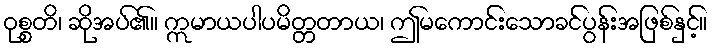
ဝုစ္စတိ၊ ဆိုအပ်၏။ ဣမာယပါပမိတ္တတာယ၊ ဤမကောင်းသောခင်ပွန်းအဖြစ်နှင့်။